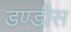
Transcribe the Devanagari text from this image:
डण्डीस